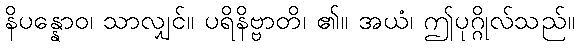
နိပန္နောဝ၊ သာလျှင်။ ပရိနိဗ္ဗာတိ၊ ၏။ အယံ၊ ဤပုဂ္ဂိုလ်သည်။